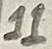
Text: 11